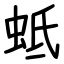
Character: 蚳